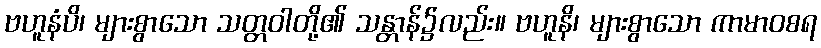
ဗဟူနံပိ၊ များစွာသော သတ္တဝါတို့၏ သန္တာန်၌လည်း။ ဗဟူနိ၊ များစွာသော ကာမာဝစရ